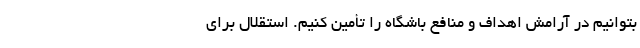
بتوانیم در آرامش اهداف و منافع باشگاه را تأمین کنیم. استقلال برای